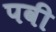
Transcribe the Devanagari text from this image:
पवी